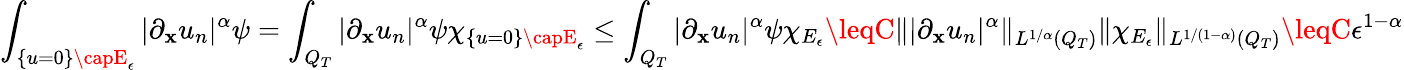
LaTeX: \int_{\{ u=0\} \capE_{\epsilon}}|\partial_{\mathbf{x}}u_{n}|^{\alpha}\psi=\int_{Q_{T}}|\partial_{\mathbf{x}}u_{n}|^{\alpha}\psi\chi_{\{ u=0\} \capE_{\epsilon}}\leq\int_{Q_{T}}|\partial_{\mathbf{x}}u_{n}|^{\alpha}\psi\chi_{E_{\epsilon}}\leqC\lVert|\partial_{\mathbf{x}}u_{n}|^{\alpha}\rVert_{L^{1/\alpha}(Q_{T})}\lVert\chi_{E_{\epsilon}}\rVert_{L^{1/(1-\alpha)}(Q_{T})}\leqC\epsilon^{1-\alpha}